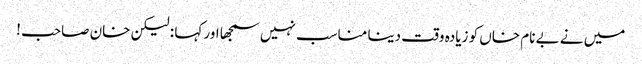
میں نے بے نام خاں کو زیادہ وقت دینا مناسب نہیں سمجھا اور کہا : لیکن خان صاحب !